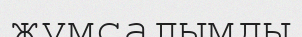
жұмсалымды